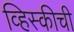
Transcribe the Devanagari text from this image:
व्हिस्कीची